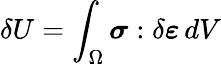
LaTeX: \delta U=\int_{\Omega}{\boldsymbol{\sigma}}:\delta{\boldsymbol{\varepsilon}}\, dV